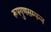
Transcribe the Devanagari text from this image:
रूपगुणसम्पन्न